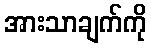
အားသာချက်ကို